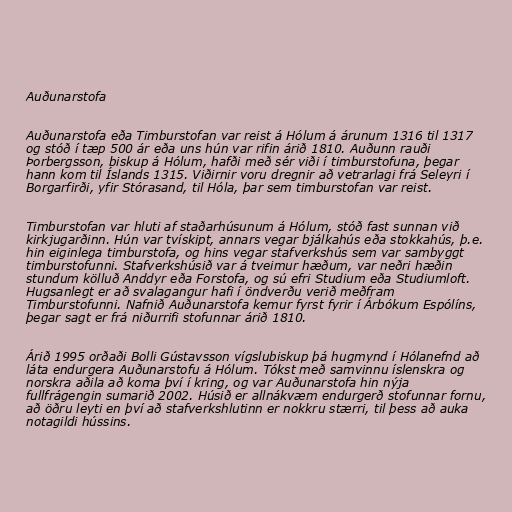
Auðunarstofa

Auðunarstofa eða Timburstofan var reist á Hólum á árunum 1316 til 1317
og stóð í tæp 500 ár eða uns hún var rifin árið 1810. Auðunn rauði
Þorbergsson, biskup á Hólum, hafði með sér viði í timburstofuna, þegar
hann kom til Íslands 1315. Viðirnir voru dregnir að vetrarlagi frá Seleyri í
Borgarfirði, yfir Stórasand, til Hóla, þar sem timburstofan var reist.

Timburstofan var hluti af staðarhúsunum á Hólum, stóð fast sunnan við
kirkjugarðinn. Hún var tvískipt, annars vegar bjálkahús eða stokkahús, þ.e.
hin eiginlega timburstofa, og hins vegar stafverkshús sem var sambyggt
timburstofunni. Stafverkshúsið var á tveimur hæðum, var neðri hæðin
stundum kölluð Anddyr eða Forstofa, og sú efri Studium eða Studiumloft.
Hugsanlegt er að svalagangur hafi í öndverðu verið meðfram
Timburstofunni. Nafnið Auðunarstofa kemur fyrst fyrir í Árbókum Espólíns,
þegar sagt er frá niðurrifi stofunnar árið 1810.

Árið 1995 orðaði Bolli Gústavsson vígslubiskup þá hugmynd í Hólanefnd að
láta endurgera Auðunarstofu á Hólum. Tókst með samvinnu íslenskra og
norskra aðila að koma því í kring, og var Auðunarstofa hin nýja
fullfrágengin sumarið 2002. Húsið er allnákvæm endurgerð stofunnar fornu,
að öðru leyti en því að stafverkshlutinn er nokkru stærri, til þess að auka
notagildi hússins.